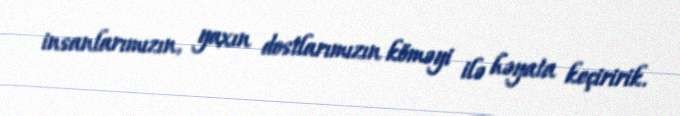
insanlarımızın, yaxın dostlarımızın köməyi ilə həyata keçiririk.